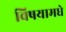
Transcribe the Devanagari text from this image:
विषयामधे